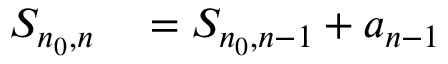
\begin{array} { r l } { S _ { n _ { 0 } , n } } & { { } = S _ { n _ { 0 } , n - 1 } + a _ { n - 1 } } \end{array}